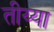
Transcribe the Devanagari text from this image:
तीय्या